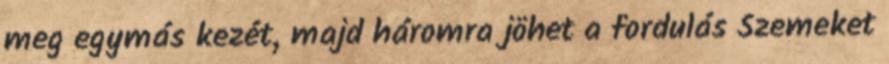
meg egymás kezét, majd háromra jöhet a fordulás Szemeket